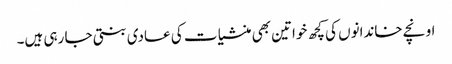
اونچے خاندانوں کی کچھ خواتین بھی منشیا ت کی عادی بنتی جا رہی ہیں۔